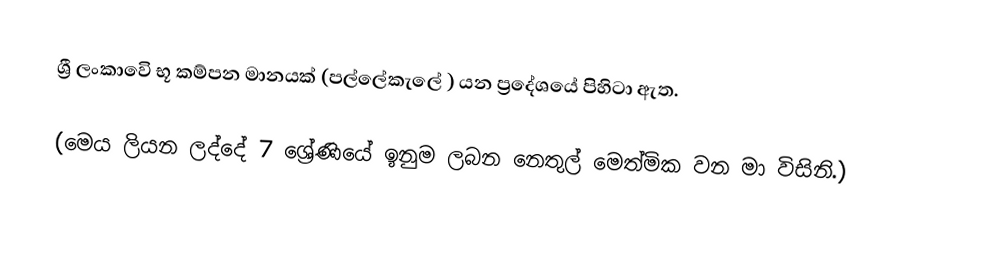
ශ්‍රී ලංකාවෙි භූ කම්පන මානයක් (පල්ලේකැලේ ) යන ප්‍රදේශයේ පිහිටා ඇත.

(මෙය ලියන ලද්දේ 7 ශ්‍රේණියේ ඉනුම ලබන ‌නෙතුල් ‌මෙත්මික වන මා විසිනි.)